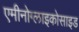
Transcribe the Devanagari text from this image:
एमीनोग्लाइकोसाइड